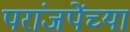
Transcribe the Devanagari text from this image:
परांजपेंच्या